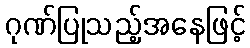
ဂုဏ်ပြုသည့်အနေဖြင့်